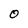
Character: 0